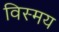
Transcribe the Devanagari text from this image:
विस्‍मय